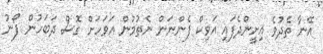
އޭނާ ތެދުވެ އިށީންދެފައި އަވިކް ފެންނަން ނެތުމުން އަވަހަށް ގޮސް ދަބަހުން ފޯނު